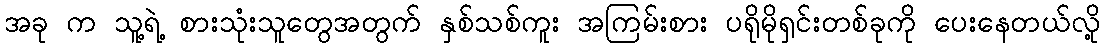
အခု က သူ့ရဲ့ စားသုံးသူတွေအတွက် နှစ်သစ်ကူး အကြမ်းစား ပရိုမိုရှင်းတစ်ခုကို ပေးနေတယ်လို့